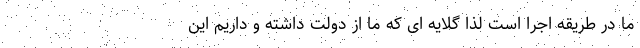
ما در طریقه اجرا است لذا گلایه ای که ما از دولت داشته و داریم این